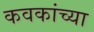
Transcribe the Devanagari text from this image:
कवकांच्या